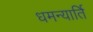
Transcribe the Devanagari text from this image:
धमन्यार्ति